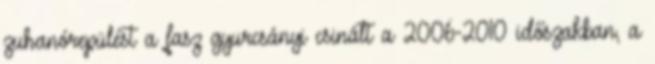
zuhanórepülést a fasz gyurcsányi csinált a 2006-2010 időszakban, a